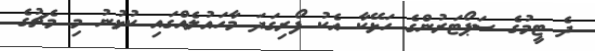
ދެ ޓީމުގެ ސަޕޯޓަރުންގެ ހަޅޭކާ އެކު ފޯރިގަދަ މާހައުލެއްގައި ކުޅުނު މި މެޗުގެ